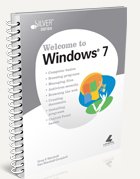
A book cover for Introduction to Operating Systems: Welcome to Windows 7; Greg P. Marshall; Computers & Technology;